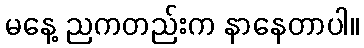
မနေ့ ညကတည်းက နာနေတာပါ။